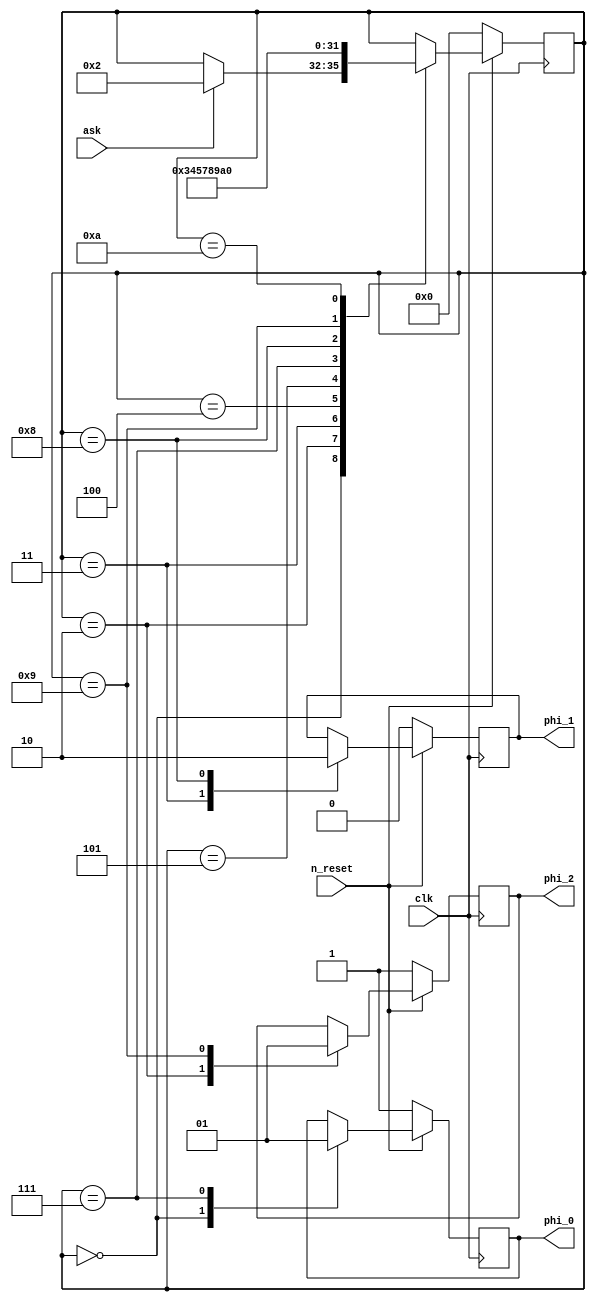
module agclk(
	clk,
	n_reset,
	
	ask,
	
	phi_0, phi_1, phi_2
);
input clk;
input n_reset;
input ask;

output reg phi_0 = 1'b1, phi_1 = 0, phi_2 = 1'b1;

reg [3:0]clkstep = 0;
always @(posedge clk)
	if(!n_reset)begin
		{phi_0, phi_1, phi_2} <= 3'b101;
		clkstep <=0;
	end else
		case(clkstep)
		//'d0: clkstep <= {3'b000,ask};
		'd0: begin if(ask)clkstep <= 'd2; phi_0 <= 1'b0; end
		//'d1: clkstep <= 'd2;
		'd2: begin clkstep <= 'd3; phi_2 <= 1'b0; end
		'd3: begin clkstep <= 'd4; phi_1 <= 1'b1; end
		'd4: clkstep <= 'd5;
		'd5: clkstep <= 'd7;
		'd7: begin clkstep <= 'd8; phi_0 <= 1'b1; end
		'd8: begin clkstep <= 'd9; phi_1 <= 1'b0; end
		'd9: begin clkstep <='d10; phi_2 <= 1'b1; end
		'd10:clkstep <= 'd0;
		endcase

endmodule



module clk_div(input clk, output clk1);
parameter divide = 16;

integer count = divide;
reg clksys = 0;
assign clk1 = !divide ? clk : clksys;

always @(posedge clk)
	case(divide)
	0: clksys <= 0;
	1: clksys <= ~clksys;
	default:
		if(!count)begin count <= divide; clksys <= ~clksys; end
		else count <= count - 1;
	endcase
endmodule